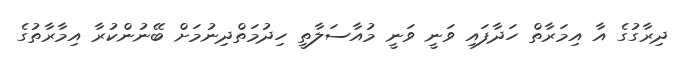
ދިރާގުގެ އާ އިމަރާތް ހަދާފައި ވަނީ ވަނީ މުއާސަލާތީ ހިދުމަތްދިނުމަށް ބޭނުންކުރާ އިމާރާތުގެ